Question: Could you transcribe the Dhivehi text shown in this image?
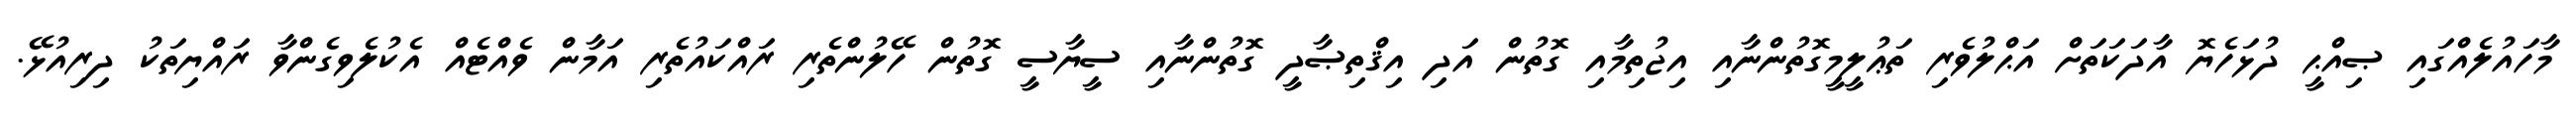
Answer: މާހައުލެއްގައި ޞިއްޙީ ދުޅަހެޔޮ އާދަކަތަށް އަޙްލުވެރި ތަޢުލީމީގޮތުންނާއި އިޖުތިމާއި ގޮތުން އަދި އިޤްތިޞާދީ ގޮތުންނާއި ސީޔާސީ ގޮތުން ހޭލުންތެރި ރައްކައުތެރި އަމާން ވެއްޓެއް އެކުލެވިގެންވާ ރައްޔިތަކު ދިރިއުޅޭ.